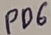
Text: PD6